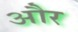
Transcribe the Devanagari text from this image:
और